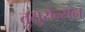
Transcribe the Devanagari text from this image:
तुसुसेन्सन